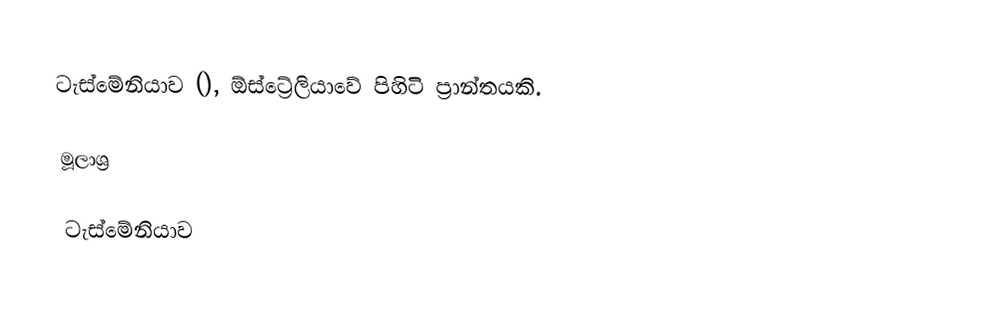
ටැස්මේනියාව (), ඕස්ට්‍රේලියාවේ පිහිටි ප්‍රාන්තයකි.

මූලාශ්‍ර

ටැස්මේනියාව